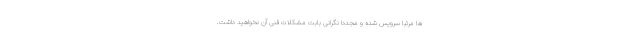
ها مرتبا سرویس شده و مجددا نگرانی بابت مشکلات فنی آن نخواهید داشت.